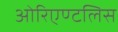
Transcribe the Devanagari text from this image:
ओरिएण्टलिस